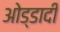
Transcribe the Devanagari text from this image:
ओड्डादी